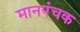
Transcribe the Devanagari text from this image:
मानपंचक